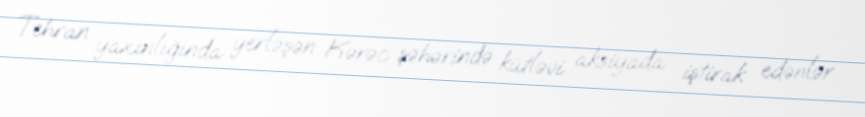
Tehran yaxınlığında yerləşən Kərəc şəhərində kütləvi aksiyada iştirak edənlər